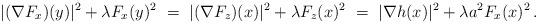
LaTeX: \begin{align*}|(\nabla F_x)(y)|^2 + \lambda F_x(y)^2~=~|(\nabla F_z)(x)|^2 + \lambda F_z(x)^2~=~|\nabla h(x)|^2 + \lambda a^2 F_x(x)^2\,.\end{align*}